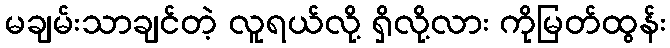
မချမ်းသာချင်တဲ့ လူရယ်လို့ ရှိလို့လား ကိုမြတ်ထွန်း